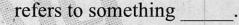
refers to something _